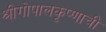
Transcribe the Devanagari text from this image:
श्रीगोपालकृष्णाची